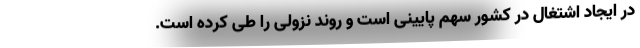
در ایجاد اشتغال در کشور سهم پایینی است و روند نزولی را طی کرده است.